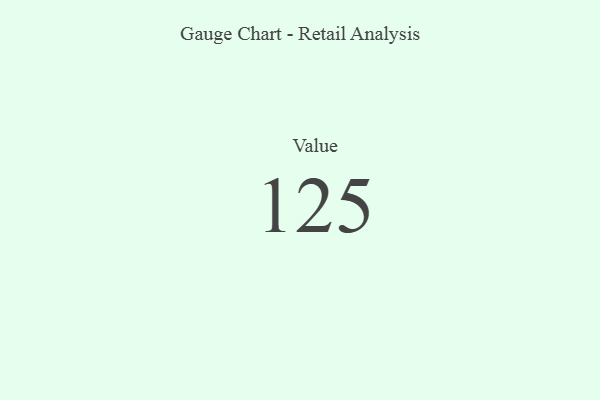
{"axis": {"x": "Metric", "y": "Value"}, "legend": [""], "data": [{"x": "Value", "y": 125, "type": ""}]}